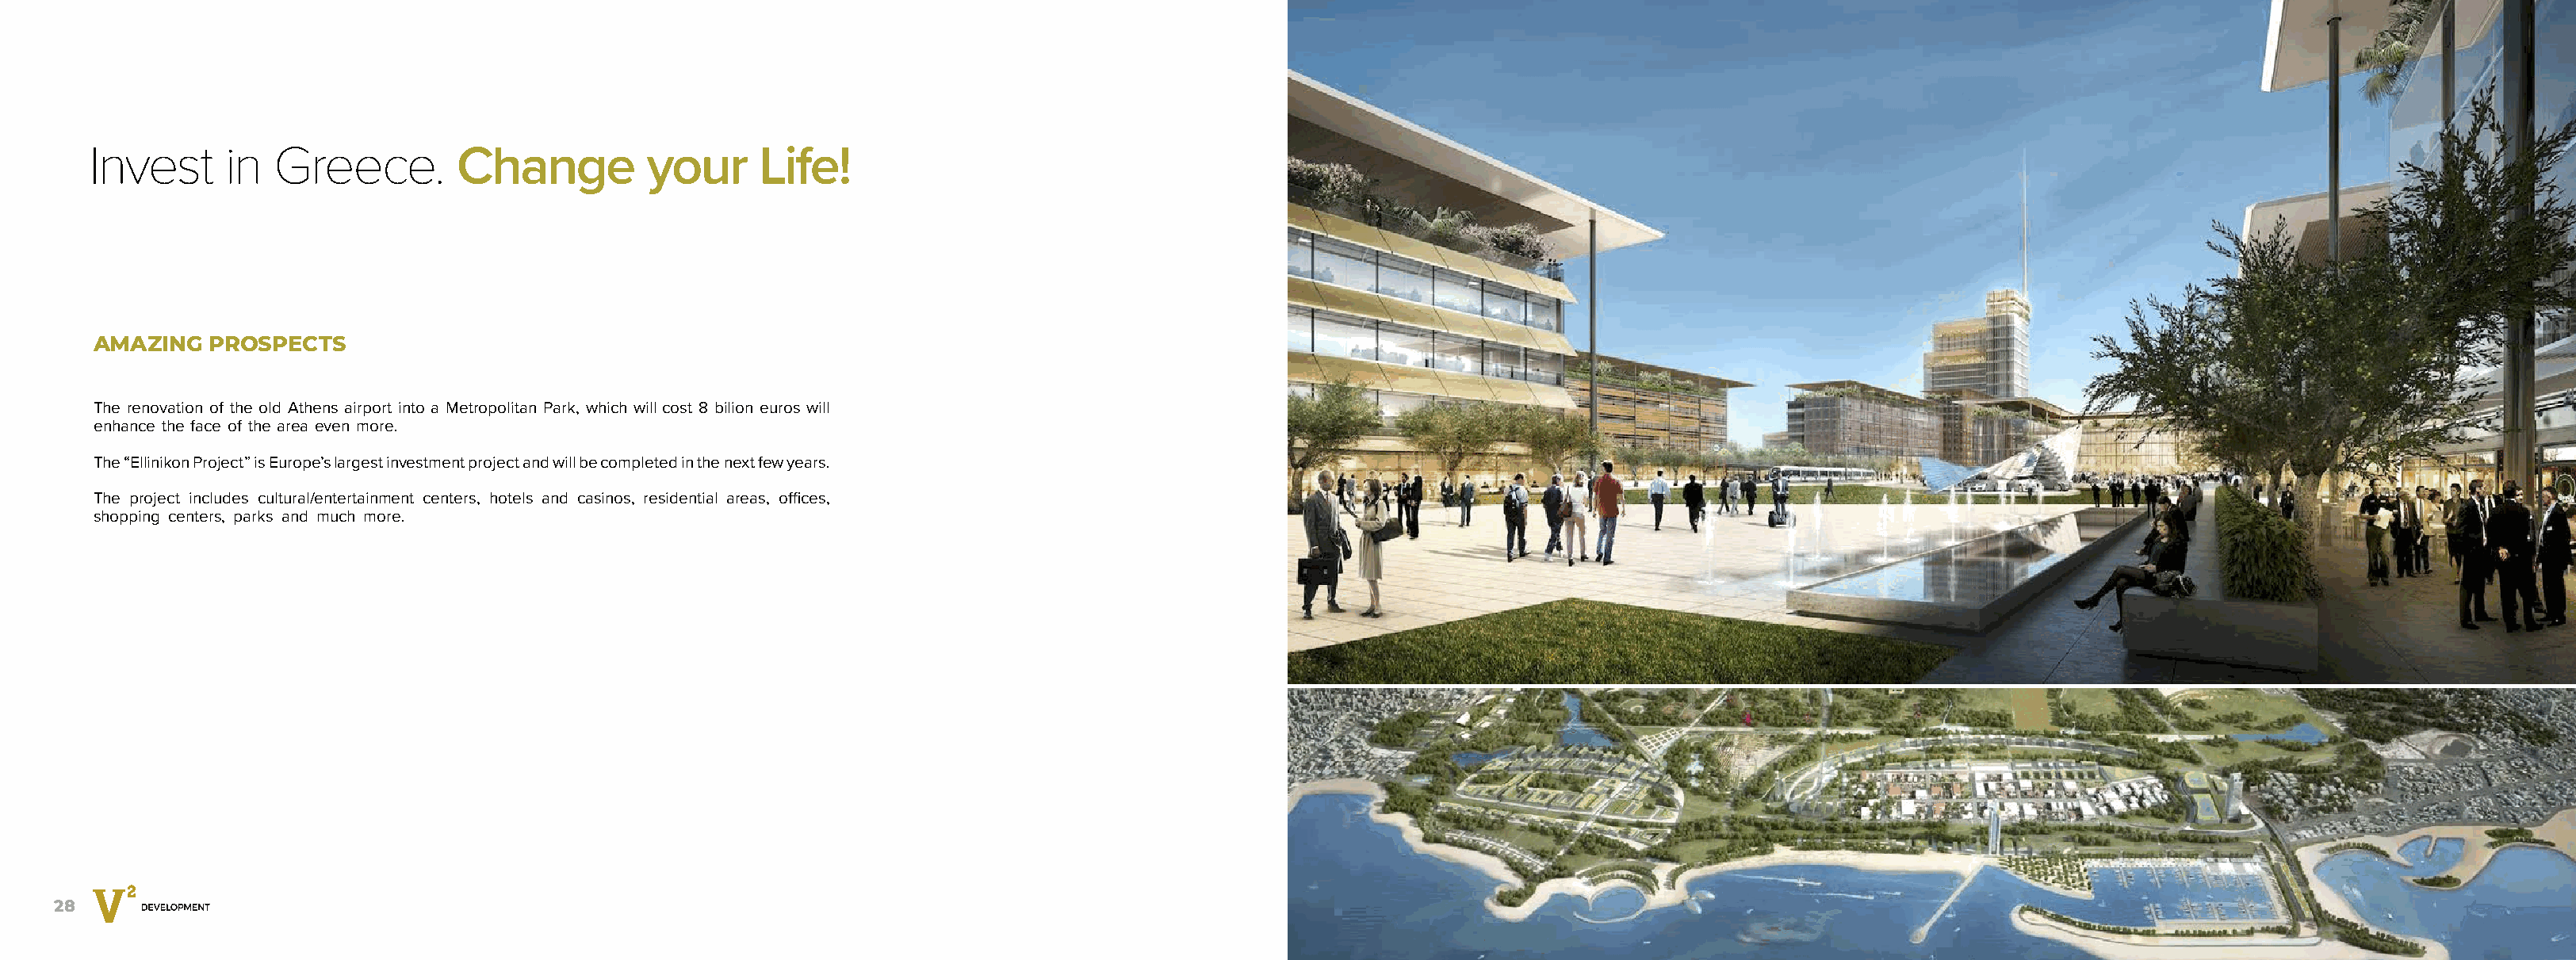
Invest      in  Greece.        Change          your     Life!
 AMAZING  PROSPECTS
 The renovation of the old Athens airport into a Metropolitan Park, which will cost 8 bilion euros will
 enhance the face of the area even more.
 The “Εllinikon Project” is Europe’s largest investment project and will be completed in the next few years.
 The project includes cultural/entertainment centers, hotels and casinos, residential areas, offices,
 shopping centers, parks and much more.
 28                                                                                                                                                                                                           29